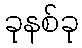
ခုနစ်ခု